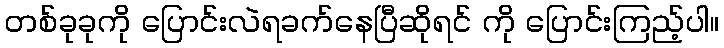
တစ်ခုခုကို ပြောင်းလဲရခက်နေပြီဆိုရင် ကို ပြောင်းကြည့်ပါ။